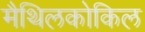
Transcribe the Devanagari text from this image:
मैथिलकोकिल